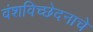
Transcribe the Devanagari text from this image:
वंशविच्छेदनाचे